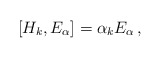
\begin{align*}\left[ H_k , E_\alpha \right] = \alpha_k E_\alpha \, ,\end{align*}